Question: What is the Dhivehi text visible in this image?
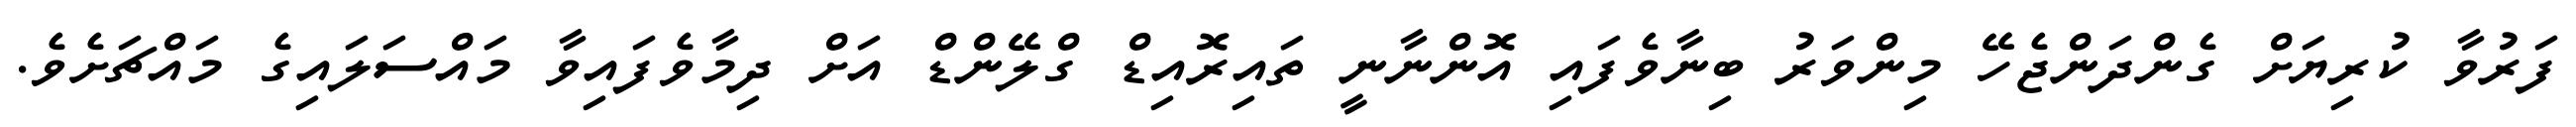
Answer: ފަރުވާ ކުރިޔަށް ގެންދަންޖެހޭ މިންވަރު ބިނާވެފައި އޮންނާނީ ތައިރޮއިޑް ގްލޭންޑް އަށް ދިމާވެފައިވާ މައްސަލައިގެ މައްޗަށެވެ.